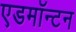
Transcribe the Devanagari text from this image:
एडमाॅन्टन